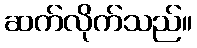
ဆက်လိုက်သည်။